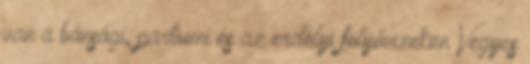
van a bánsági, partiumi és az erdélyi folyóvizeken Vegyes